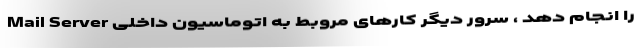
Mail Server را انجام دهد ، سرور دیگر کارهای مروبط به اتوماسیون داخلی